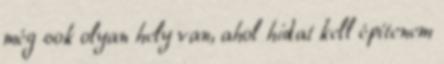
még sok olyan hely van, ahol hidat kell építenem